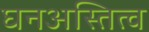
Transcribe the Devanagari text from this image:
घनअस्तित्व